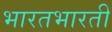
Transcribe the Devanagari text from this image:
भारतभारती